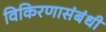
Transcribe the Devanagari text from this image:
विकिरणासंबंधी